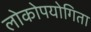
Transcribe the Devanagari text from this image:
लोकोपयोगिता